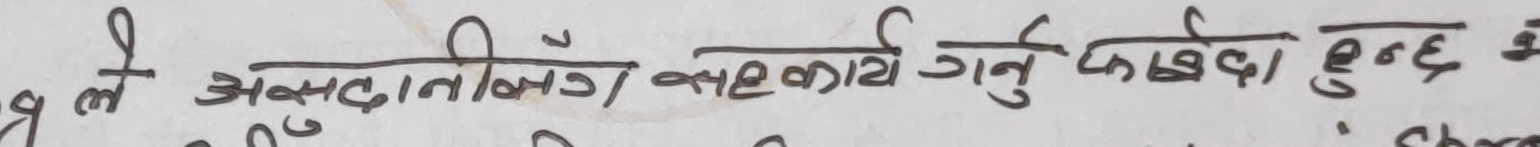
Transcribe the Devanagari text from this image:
ले असहयोग तथा कार्य गर्नु पाएको छ भ